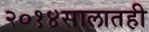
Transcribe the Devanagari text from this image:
२०१४सालातही